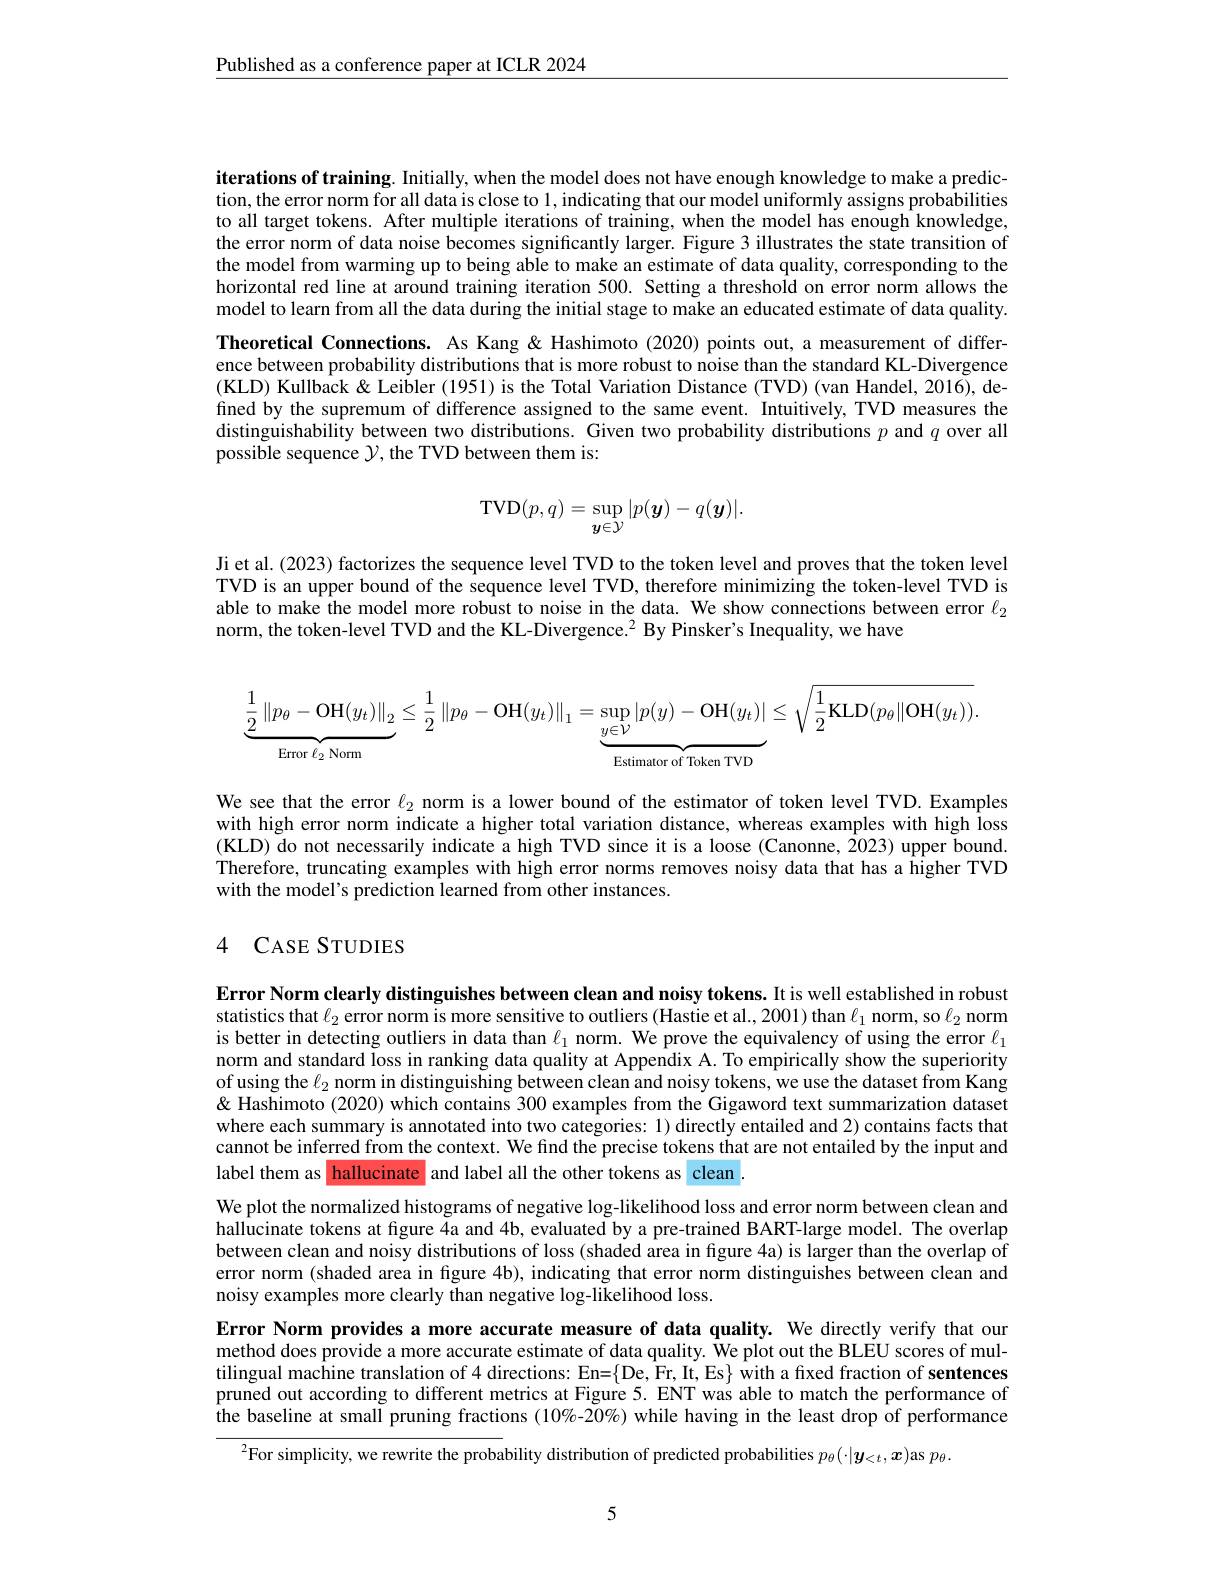
$\underline{\text{Published as a conference paper at ICLR 2024}}$

iterations of training. Initially, when the model does not have enough knowledge to make a prediction, the error norm for all data is close to 1, indicating that our model uniformly assigns probabilities to all target tokens. After multiple iterations of training, when the model has enough knowledge, the error norm of data noise becomes significantly larger. Figure 3 illustrates the state transition of the model from warming up to being able to make an estimate of data quality, corresponding to the horizontal red line at around training iteration 500. Setting a threshold on error norm allows the model to learn from all the data during the initial stage to make an educated estimate of data quality. Theoretical Connections. As Kang & Hashimoto (2020) points out, a measurement of difference between probability distributions that is more robust to noise than the standard KL-Divergence (KLD) Kullback & Leibler (1951) is the Total Variation Distance (TVD) (van Handel, 2016), defined by the supremum of difference assigned to the same event. Intuitively, TVD measures the distinguishability between two distributions. Given two probability distributions $p$ and $q$ over all possible sequence $\mathcal{Y}$, the TVD between them is:
$$\mathrm{TVD}(p,q)=\sup_{y\in\mathcal{Y}}|p(\boldsymbol{y})-q(\boldsymbol{y})|.$$
Ji et al.(2023) factorizes the sequence level TVD to the token level and proves that the token level TVD is an upper bound of the sequence level TVD, therefore minimizing the token-level TVD is able to make the model more robust to noise in the data. We show connections between error $\ell_{2}$ norm, the token-level TVD and the KL-Divergence.$^{2}$ By Pinsker's Inequality, we have
$$\underbrace{\frac{1}{2}\left\|p_{\theta}-\mathrm{OH}(y_{t})\right\|_{2}}_{\text{Error }\ell_{2}\text{Norm}}\leq\frac{1}{2}\left\|p_{\theta}-\mathrm{OH}(y_{t})\right\|_{1}=\underbrace{\sup_{y\in\mathcal{V}}\left|p(y)-\mathrm{OH}(y_{t})\right|}_{\text{Estimator of Token TVD}}\leq\sqrt{\frac{1}{2}\mathrm{KLD}(p_{\theta}\|\mathrm{OH}(y_{t}))}.$$
We see that the error $\ell_2$ norm is a lower bound of the estimator of token level TVD. Examples with high error norm indicate a higher total variation distance, whereas examples with high loss (KLD) do not necessarily indicate a high TVD since it is a loose (Canonne, 2023) upper bound. Therefore, truncating examples with high error norms removes noisy data that has a higher TVD with the model's prediction learned from other instances.

## 4 CASE STUDIES

Error Norm clearly distinguishes between clean and noisy tokens. It is well established in robust statistics that $\ell_2$ error norm is more sensitive to outliers (Hastie et al., 2001) than $\ell_1$ norm, so $\ell_2$ norm is better in detecting outliers in data than $\ell_1$ norm. We prove the equivalency of using the error $\ell_1$ norm and standard loss in ranking data quality at Appendix A. To empirically show the superiority of using the $\ell_2$ norm in distinguishing between clean and noisy tokens, we use the dataset from Kang & Hashimoto (2020) which contains 300 examples from the Gigaword text summarization dataset where each summary is annotated into two categories: 1) directly entailed and 2) contains facts that cannot be inferred from the context. We find the precise tokens that are not entailed by the input and label them as hallucinate and label all the other tokens as clean .

We plot the normalized histograms of negative log-likelihood loss and error norm between clean and hallucinate tokens at figure 4a and 4b, evaluated by a pre-trained BART-large model. The overlap between clean and noisy distributions of loss (shaded area in figure 4a) is larger than the overlap of error norm (shaded area in fgure 4b), indicating that error norm distinguishes between clean and noisy examples more clearly than negative log-likelihood loss.
Error Norm provides a more accurate measure of data quality. We directly verify that our method does provide a more accurate estimate of data quality. We plot out the BLEU scores of multilingual machine translation of 4 directions: En=$\{$De, Fr, It, Es$\}$ with a fixed fraction of sentences pruned out according to different metrics at Figure 5. ENT was able to match the performance of the baseline at small pruning fractions (10%-20%) while having in the least drop of performance
$^{2}$For simplicity, we rewrite the probability distribution of predicted probabilities $p_\theta(\cdot|\boldsymbol{y}_{<t},\boldsymbol{x})$as $p_\theta.$

5